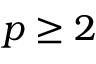
p \ge 2